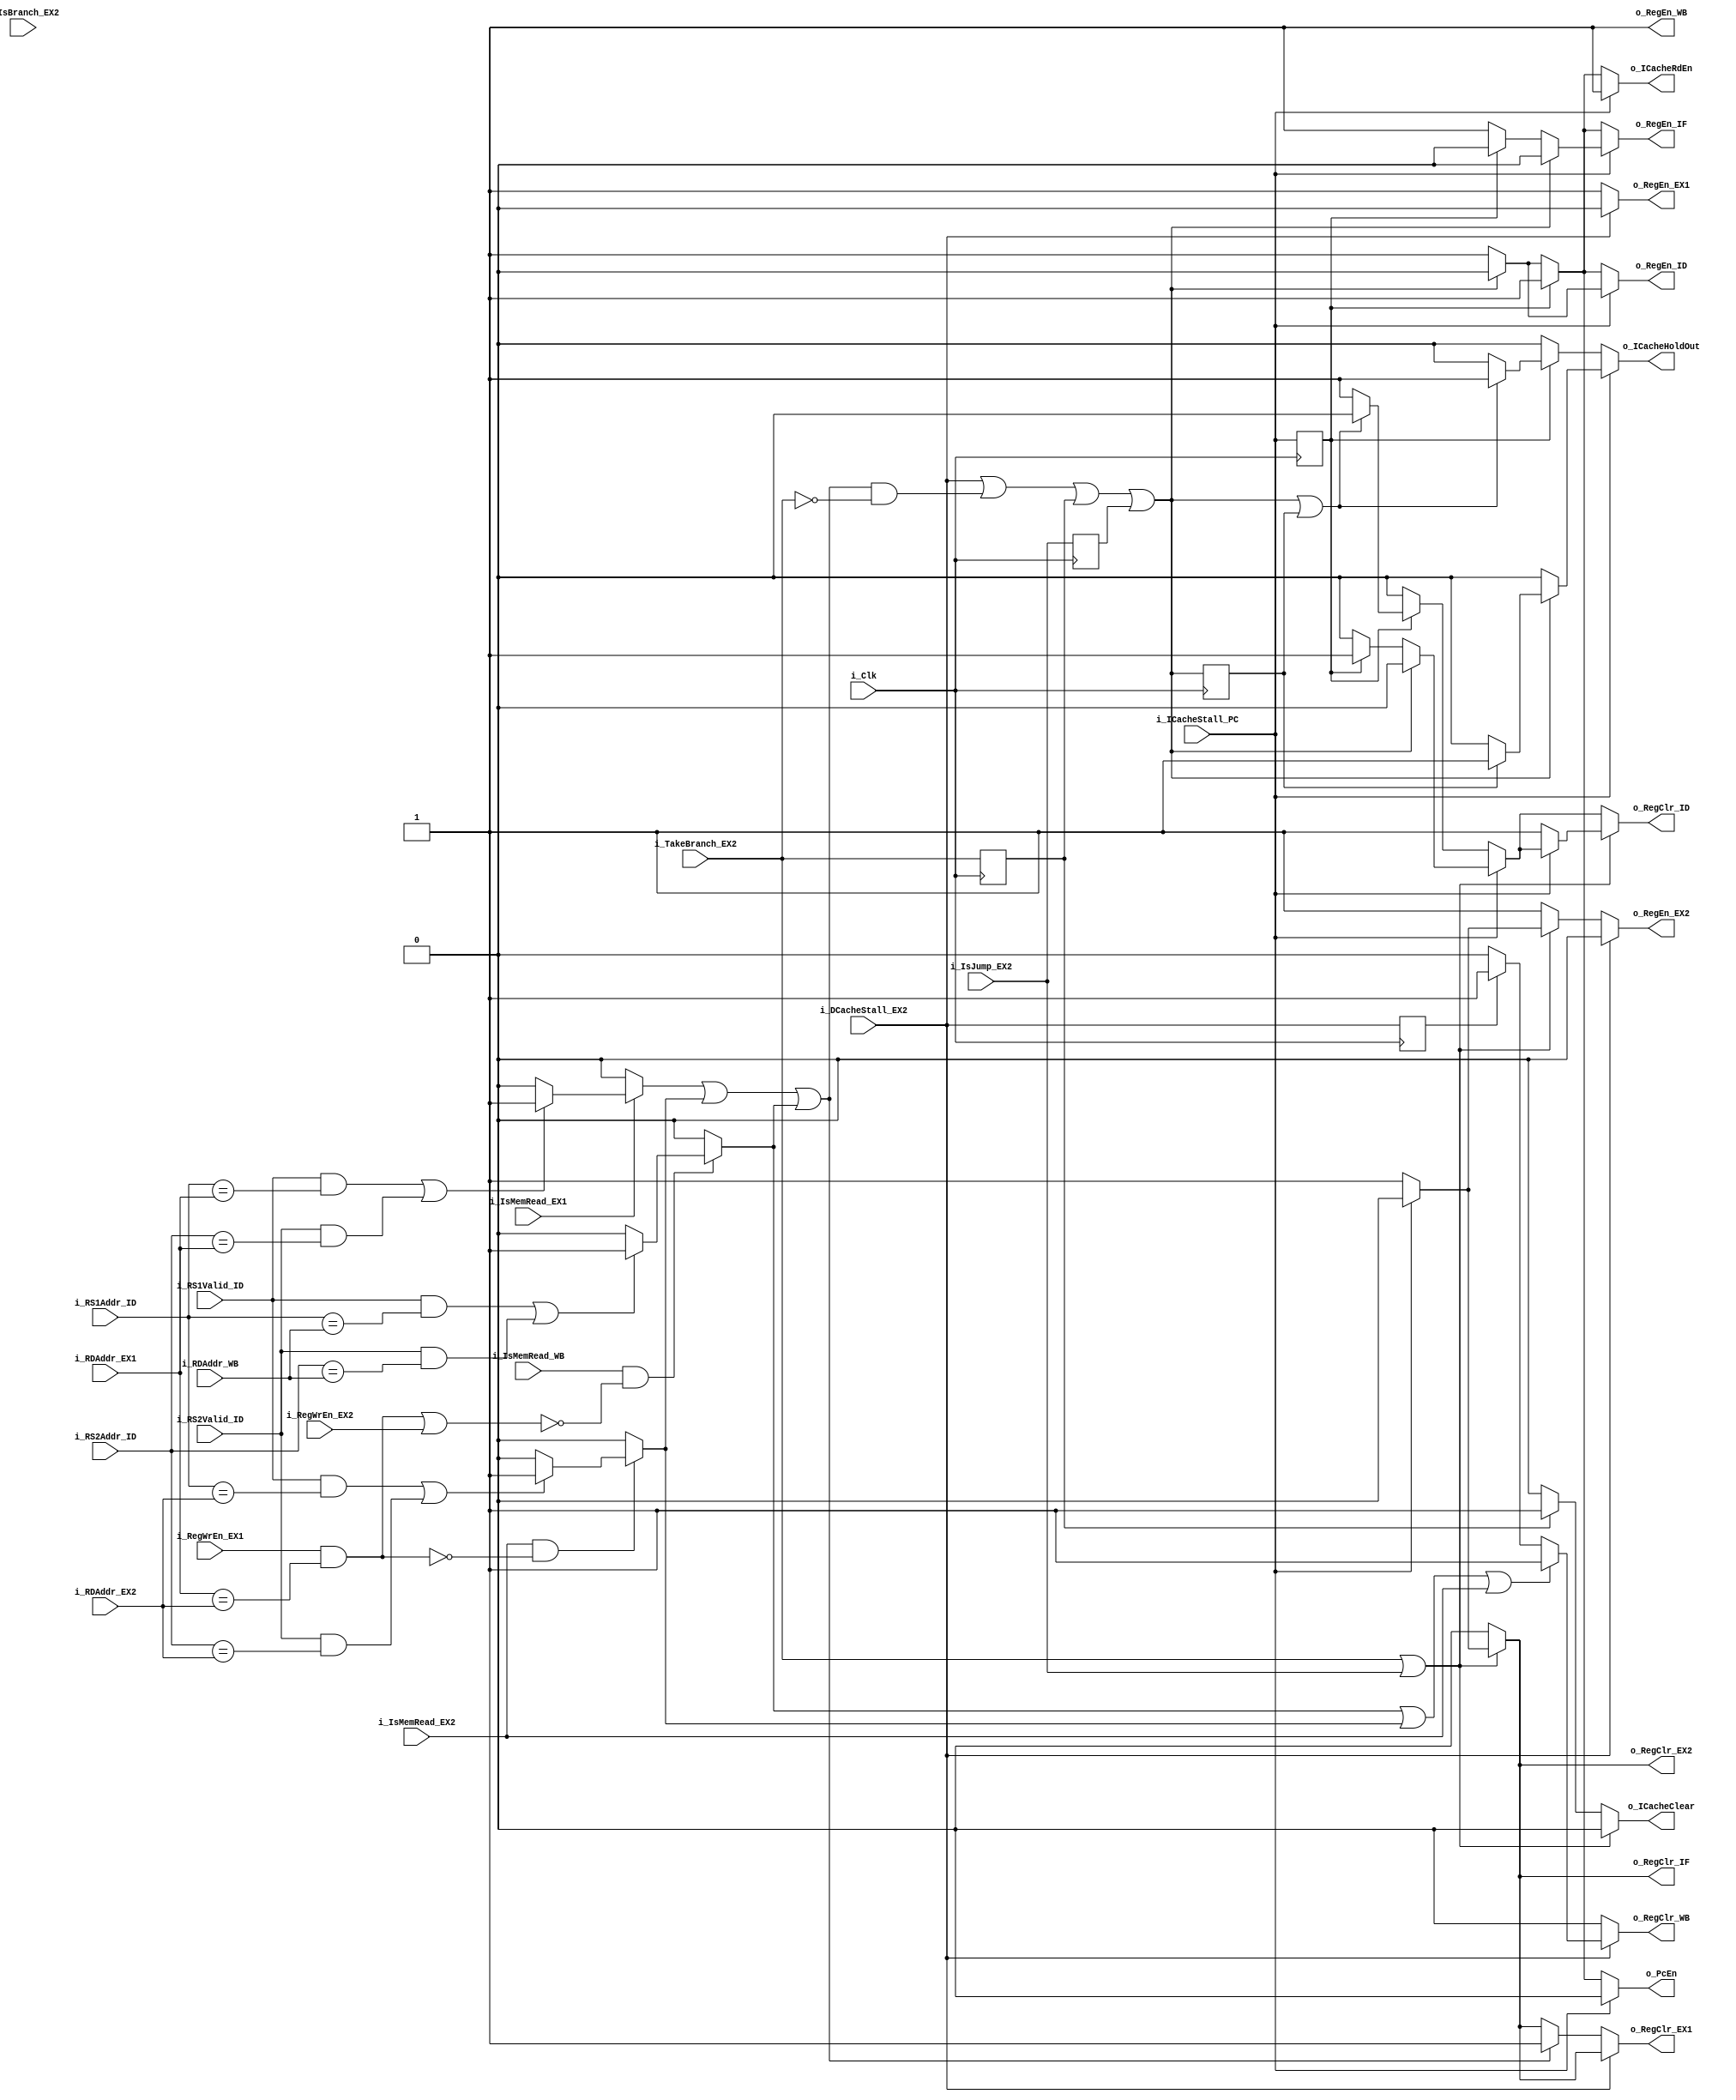
`timescale 1ns / 1ps

module HazardUnit(
    input i_Clk,

    input i_RS1Valid_ID,
    input [4:0]i_RS1Addr_ID,

    input i_RS2Valid_ID,
    input [4:0]i_RS2Addr_ID,

    input [4:0]i_RDAddr_EX1,
    input [4:0]i_RDAddr_EX2,
    input [4:0]i_RDAddr_WB,

    input i_IsMemRead_EX1,
    input i_IsMemRead_EX2,
    input i_IsMemRead_WB,
    
    input i_RegWrEn_EX1,
    input i_RegWrEn_EX2,

    input i_IsJump_EX2,
    input i_IsBranch_EX2,
    input i_TakeBranch_EX2,

    input i_ICacheStall_PC,
    input i_DCacheStall_EX2,

    output reg o_PcEn,
    output reg o_ICacheRdEn,
    output reg o_ICacheHoldOut,
    output reg o_ICacheClear,

    output reg o_RegEn_IF,
    output reg o_RegEn_ID,
    output reg o_RegEn_EX1,
    output reg o_RegEn_EX2,
    output reg o_RegEn_WB,

    output reg o_RegClr_IF,
    output reg o_RegClr_ID,
    output reg o_RegClr_EX1,
    output reg o_RegClr_EX2,
    output reg o_RegClr_WB
    );
    
    initial begin
        o_PcEn = 1;
        o_ICacheRdEn  = 1;
        o_ICacheHoldOut = 0;
        o_ICacheClear = 0;

        o_RegEn_IF  = 1;
        o_RegEn_ID  = 1;
        o_RegEn_EX1 = 1;
        o_RegEn_EX2 = 1;
        o_RegEn_WB  = 1;

        o_RegClr_IF  = 0;
        o_RegClr_ID  = 0;
        o_RegClr_EX1 = 0;
        o_RegClr_EX2 = 0;
        o_RegClr_WB  = 0;
    end

    reg r_DBusHaz_ID_EX1;
    reg r_DBusHaz_ID_EX2 = 0;
    reg r_DBusHaz_ID_WB = 0;
    wire w_DBusHazzard = r_DBusHaz_ID_EX1 || r_DBusHaz_ID_EX2 || r_DBusHaz_ID_WB;

    // DBUS Hazzard generation
    always @(*) begin
        // Load[x](EX1) -> Store[x](ID) 
        if(i_IsMemRead_EX1) begin
            if((i_RS1Valid_ID & (i_RS1Addr_ID == i_RDAddr_EX1)) || (i_RS2Valid_ID & (i_RS2Addr_ID == i_RDAddr_EX1))) begin
                r_DBusHaz_ID_EX1 <= 1;
            end else begin
                r_DBusHaz_ID_EX1 <= 0;
            end
        end else begin
            r_DBusHaz_ID_EX1 <= 0;
        end

        // Load[x](EX2) -> Store[x](ID), Check x isn't changed before the store
        if(i_IsMemRead_EX2 & !(i_RegWrEn_EX1 & (i_RDAddr_EX1 == i_RDAddr_EX2))) begin
            if((i_RS1Valid_ID & (i_RS1Addr_ID == i_RDAddr_EX2)) || (i_RS2Valid_ID & (i_RS2Addr_ID == i_RDAddr_EX2))) begin
                r_DBusHaz_ID_EX2 <= 1;
            end else begin
                r_DBusHaz_ID_EX2 <= 0;
            end
        end else begin
            r_DBusHaz_ID_EX2 <= 0;
        end

        // Load[x](WB) -> Store[x](ID), Check x isn't changed before the store
        if(i_IsMemRead_WB & !((i_RegWrEn_EX1 & (i_RDAddr_EX1 == i_RDAddr_EX2)) | (i_RegWrEn_EX2 & (i_RDAddr_EX2 == i_RDAddr_EX2)))) begin
            if((i_RS1Valid_ID & (i_RS1Addr_ID == i_RDAddr_WB)) || (i_RS2Valid_ID & (i_RS2Addr_ID == i_RDAddr_WB))) begin
                r_DBusHaz_ID_WB <= 1;
            end else begin
                r_DBusHaz_ID_WB <= 0;
            end
        end else begin
            r_DBusHaz_ID_WB <= 0;
        end
    end

    reg r_Old_ICacheStall_PC = 0;    
    reg r_Old_DCacheStall_EX2 = 0;

    reg r_Old_TakeBranch_EX2 = 0;
    reg r_Old_IsJump_EX2 = 0;
    reg r_Old_StallFetchStage = 0;
    reg r_Old_StallBranch = 0;
    reg r_Old_Old_StallBranch = 0;
    reg r_Old_ICacheHoldOut = 0;

    // Hazzards that result the fetch stages stalling
    wire w_StallFetchStage = i_DCacheStall_EX2 | (w_DBusHazzard && !i_TakeBranch_EX2) | r_Old_TakeBranch_EX2 | r_Old_IsJump_EX2;
    wire w_StallBranch = i_ICacheStall_PC;
    
    always @(posedge i_Clk) begin
        r_Old_ICacheStall_PC <= i_ICacheStall_PC;
        r_Old_DCacheStall_EX2 <= i_DCacheStall_EX2;

        r_Old_TakeBranch_EX2 <= i_TakeBranch_EX2;
        r_Old_IsJump_EX2 <= i_IsJump_EX2;
        r_Old_StallFetchStage <= w_StallFetchStage;
        r_Old_StallBranch <= w_StallBranch;
        r_Old_Old_StallBranch <= r_Old_StallBranch;
        r_Old_ICacheHoldOut <= o_ICacheHoldOut;
    end

    always @(*) begin
        o_PcEn <= 1;
        o_ICacheRdEn  <= 1;
        o_ICacheHoldOut <= 0;
        o_ICacheClear <= 0;

        o_RegEn_IF  <= 1;
        o_RegEn_ID  <= 1;
        o_RegEn_EX1 <= 1;
        o_RegEn_EX2 <= 1;
        o_RegEn_WB  <= 1;

        o_RegClr_IF  <= 0;
        o_RegClr_ID  <= 0;
        o_RegClr_EX1 <= 0;
        o_RegClr_EX2 <= 0;
        o_RegClr_WB  <= 0;

        // Fetch stages stall
        if(i_ICacheStall_PC)begin
            // Icache stall
            o_PcEn <= 0;

            // If fetch stage asked to stall from futher down the pipeline
            if(w_StallFetchStage)begin
                // Can't execute fetched instruction so just full stall for now
                o_RegEn_IF <= 0;
                o_RegEn_ID <= 0;

                // Store the next fetched instruction in the ICache internal reg
                if(r_Old_StallFetchStage)begin
                    o_ICacheHoldOut <= 1;
                end
            end else if(r_Old_ICacheStall_PC)begin
                // Wait one cycle to
                // - Allow previously fetched inst to executed
                // - IF PC to be synced with the instruction being fetched
                o_RegEn_IF <= 0;
                o_RegClr_ID <= 1;
            end
        end else if(r_Old_ICacheStall_PC) begin
            // New instrution is loaded into IF_ID reg

            if(w_StallFetchStage || r_Old_StallFetchStage)begin
                // Current instruction in ID need to be executed so no double fetch
                o_ICacheHoldOut <= 1; 
            end else begin
                // Double fetch happens to make sure to ignore first time inst fetched
                o_RegClr_ID <= 1;
            end
        end else if (w_StallFetchStage) begin
            // Stalls from deeper down the pipeline
            o_PcEn <= 0;
            o_ICacheRdEn <= 0;

            o_RegEn_IF <= 0;
            o_RegEn_ID <= 0;
        end else if (r_Old_StallFetchStage) begin
            // New inst is already fetched at this point
            // Gets loaded into IF_ID reg here
        end

        if (i_TakeBranch_EX2 | i_IsJump_EX2) begin
            if(w_StallBranch) begin
                // Stall taking branch until free to do so (i.e fetching stage stalled)

                // Stall previous stages
                // EX1 etc will have instructions from branch not taken so can ignore that stage
                o_RegEn_EX2 <= 0;
            end else begin
                // Clear out the consecutive instructions executing
                o_RegClr_IF <= 1;
                o_RegClr_ID  <= 1;
                o_RegClr_EX1 <= 1;
                o_RegClr_EX2 <= 1;
            end   
        end else if(r_Old_TakeBranch_EX2) begin
            // Need to clear as under certain circumstances, inst is bad
            //if(r_Old_ICacheHoldOut || r_Old_IsJump_EX2 || r_Old_Old_StallBranch)begin 
                o_ICacheClear <= 1;
            //end
        end

        if(i_DCacheStall_EX2) begin
            // If there is a load data hazzard due to DCache stalling
            // Stall all the previous stages
            
            o_RegEn_EX1 <= 0;
            o_RegEn_EX2 <= 0;
            
            if(r_DBusHaz_ID_WB || r_DBusHaz_ID_EX2 || i_IsMemRead_EX2)begin
                // Will be trash in WB reg as DCache hasn't got data yet
                o_RegClr_WB <= 1;
            end else if(r_Old_DCacheStall_EX2)begin
                // Allow inst currently in wb to execute, after cycle clear it though as
                // no vaid instruction in it
                o_RegClr_WB <= 1;
            end
        end else if(w_DBusHazzard)begin
            //If there is a load data dependency hazzard
            o_RegClr_EX1 <= 1;
        end 
    end

endmodule